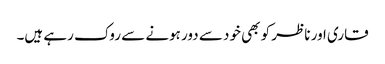
قاری اور ناظر کو بھی خود سے دور ہونے سے روک رہے ہیں۔